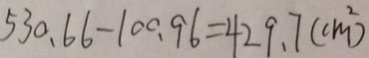
5 3 0 . 6 6 - 1 0 0 . 9 6 = 4 2 9 . 7 ( c m ^ { 2 } )